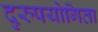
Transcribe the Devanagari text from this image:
दुरुपयोगिता